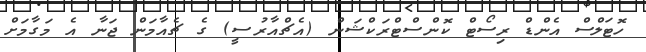
ހޮޓަލްސް އެންޑް ރިސޯޓް ކޮންސްޓްރަކްޝަން (އެޗްއާރުސީ) ގެ ޗެއާމަން ޖަނާ އެ މަގާމަށް